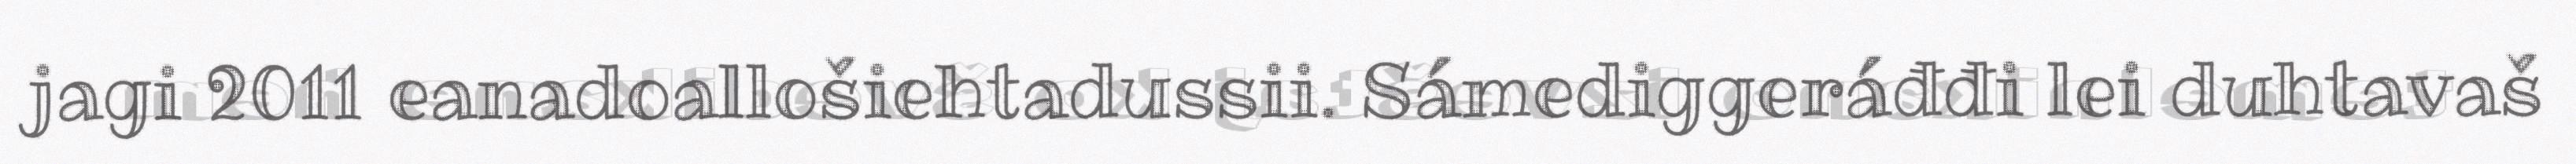
jagi 2011 eanadoallošiehtadussii. Sámediggeráđđi lei duhtavaš